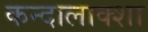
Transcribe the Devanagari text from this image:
कन्दालाक्शा